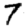
Digit: 7